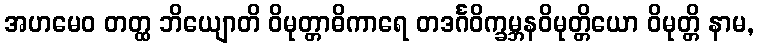
အဟမေဝ တတ္ထ ဘိယျောတိ ဝိမုတ္တာဓိကာရေ တဒင်္ဂဝိက္ခမ္ဘနဝိမုတ္တိယော ဝိမုတ္တိ နာမ,